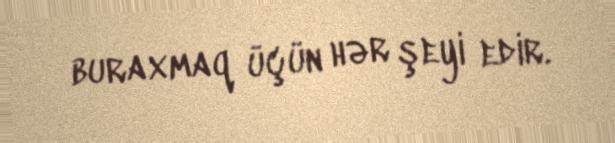
buraxmaq üçün hər şeyi edir.